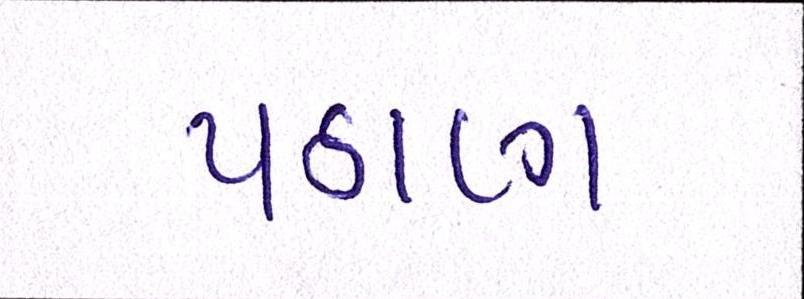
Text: પઠાણ